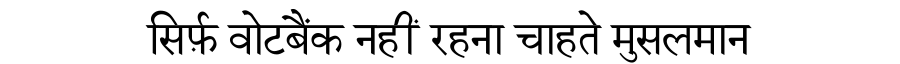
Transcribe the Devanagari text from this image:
सिर्फ़ वोटबैंक नहीं रहना चाहते मुसलमान